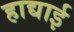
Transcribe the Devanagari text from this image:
हाद्याई